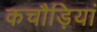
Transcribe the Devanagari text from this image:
कचौड़ियां